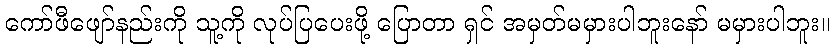
ကော်ဖီဖျော်နည်းကို သူ့ကို လုပ်ပြပေးဖို့ ပြောတာ ရှင် အမှတ်မမှားပါဘူးနော် မမှားပါဘူး။